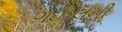
ગઝલની